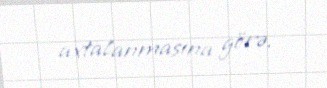
axtalanmasına görə.